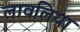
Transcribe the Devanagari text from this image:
लावलिया